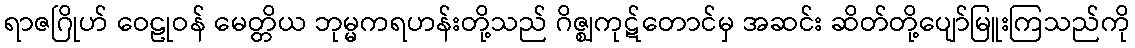
ရာဇဂြိုဟ် ဝေဠုဝန် မေတ္တိယ ဘုမ္မကရဟန်းတို့သည် ဂိဇ္ဈကုဋ်တောင်မှ အဆင်း ဆိတ်တို့ပျော်မြူးကြသည်ကို